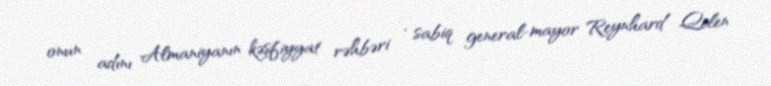
onun adını Almaniyanın kəşfiyyat rəhbəri , sabiq general-mayor Reynhard Qelen